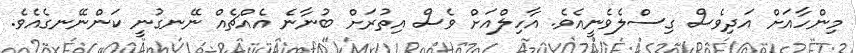
މިންހާއަށް އަދިވެސް ގިސްލެވެނީއެވެ. އާހިލްއަށް ވެސް އިތުރަށް ބުނާނެ އެއްޗެއް ނޭނގުނީ ކަންނޭނގެއެވެ.